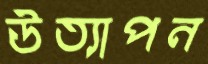
উত্যাপন